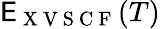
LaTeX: \mathsf{E}_{\mathrm{{~X~V~S~C~F~}}}(T)